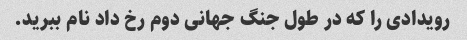
رویدادی را که در طول جنگ جهانی دوم رخ داد نام ببرید.